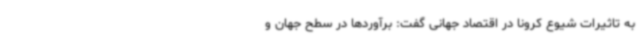
به تاثیرات شیوع کرونا در اقتصاد جهانی گفت: برآوردها در سطح جهان و